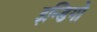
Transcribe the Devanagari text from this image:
इन्डिगो